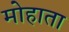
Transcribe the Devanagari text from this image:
मोहाता